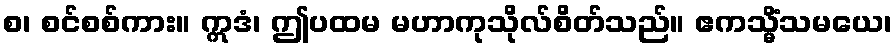
စ၊ စင်စစ်ကား။ ဣဒံ၊ ဤပထမ မဟာကုသိုလ်စိတ်သည်။ ဧကသ္မိံသမယေ၊